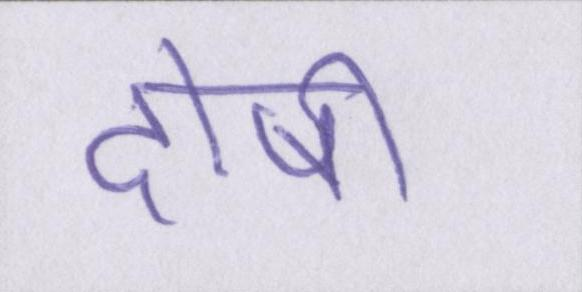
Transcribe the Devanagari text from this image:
दोषी